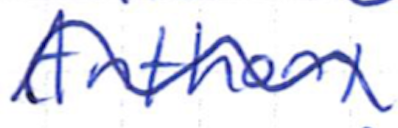
Text: Anthony
Cross-out: wave
Writing tool: ballpoint